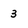
Character: 3